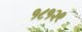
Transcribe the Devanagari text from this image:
१८१२९